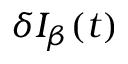
\delta I _ { \beta } ( t )